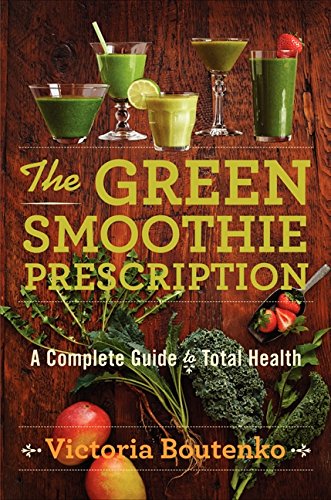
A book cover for The Green Smoothie Prescription: A Complete Guide to Total Health; Victoria Boutenko; Cookbooks, Food & Wine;